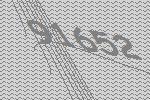
91652